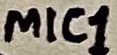
Text: MIC1